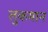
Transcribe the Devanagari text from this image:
लुकमान